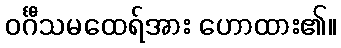
ဝင်္ဂီသမထေရ်အား ဟောထား၏။